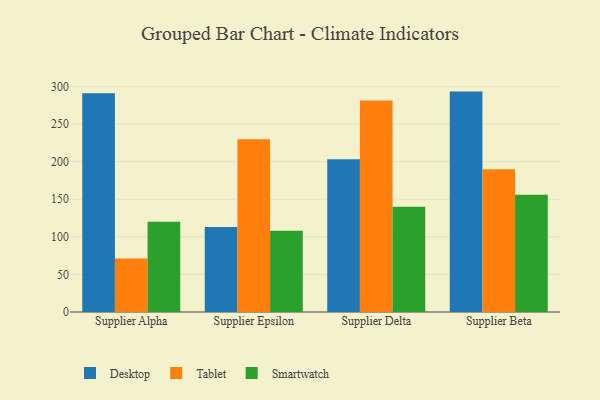
{"axis": {"x": "Supplier", "y": "Temperature (°C)"}, "legend": ["Desktop", "Smartwatch", "Tablet"], "data": [{"x": "Supplier Alpha", "y": 291.0, "type": "Desktop"}, {"x": "Supplier Alpha", "y": 71.1, "type": "Tablet"}, {"x": "Supplier Alpha", "y": 120.0, "type": "Smartwatch"}, {"x": "Supplier Epsilon", "y": 113.2, "type": "Desktop"}, {"x": "Supplier Epsilon", "y": 229.8, "type": "Tablet"}, {"x": "Supplier Epsilon", "y": 108.1, "type": "Smartwatch"}, {"x": "Supplier Delta", "y": 203.1, "type": "Desktop"}, {"x": "Supplier Delta", "y": 281.3, "type": "Tablet"}, {"x": "Supplier Delta", "y": 140.0, "type": "Smartwatch"}, {"x": "Supplier Beta", "y": 293.1, "type": "Desktop"}, {"x": "Supplier Beta", "y": 189.9, "type": "Tablet"}, {"x": "Supplier Beta", "y": 155.8, "type": "Smartwatch"}]}